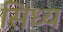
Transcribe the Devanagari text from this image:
सिध्य